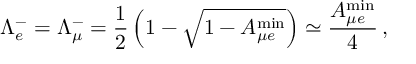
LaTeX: \Lambda _ { e } ^ { - } = \Lambda _ { \mu } ^ { - } = \frac { 1 } { 2 } \left( 1 - \sqrt { 1 - A _ { { \mu } e } ^ { \mathrm { m i n } } } \right) \simeq \frac { A _ { { \mu } e } ^ { \mathrm { m i n } } } { 4 } \, ,